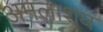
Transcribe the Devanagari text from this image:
अमलाशय